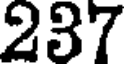
237